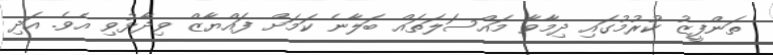
ތަންފީޒު ކުރުމުގައި ދިމާވާ މައްސަލަތައް ބަލާނެ ކަމަށް ފައްޔާޒް ވިދާޅުވި އެވެ. އަދި